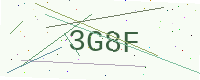
Text: 3G8F